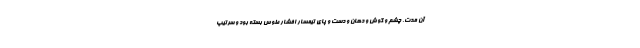
آن مدت، چشم و گوش و دهان و دست و پای تیمسار افشار طوس بسته بود و سرتیپ